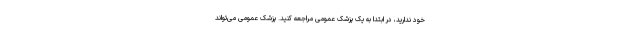
خود ندارید، در ابتدا به یک پزشک عمومی مراجعه کنید. پزشک عمومی می‌تواند